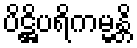
ပိဋ္ဌိပရိကမ္မန္တိ